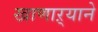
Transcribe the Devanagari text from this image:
खाणाऱ्याने